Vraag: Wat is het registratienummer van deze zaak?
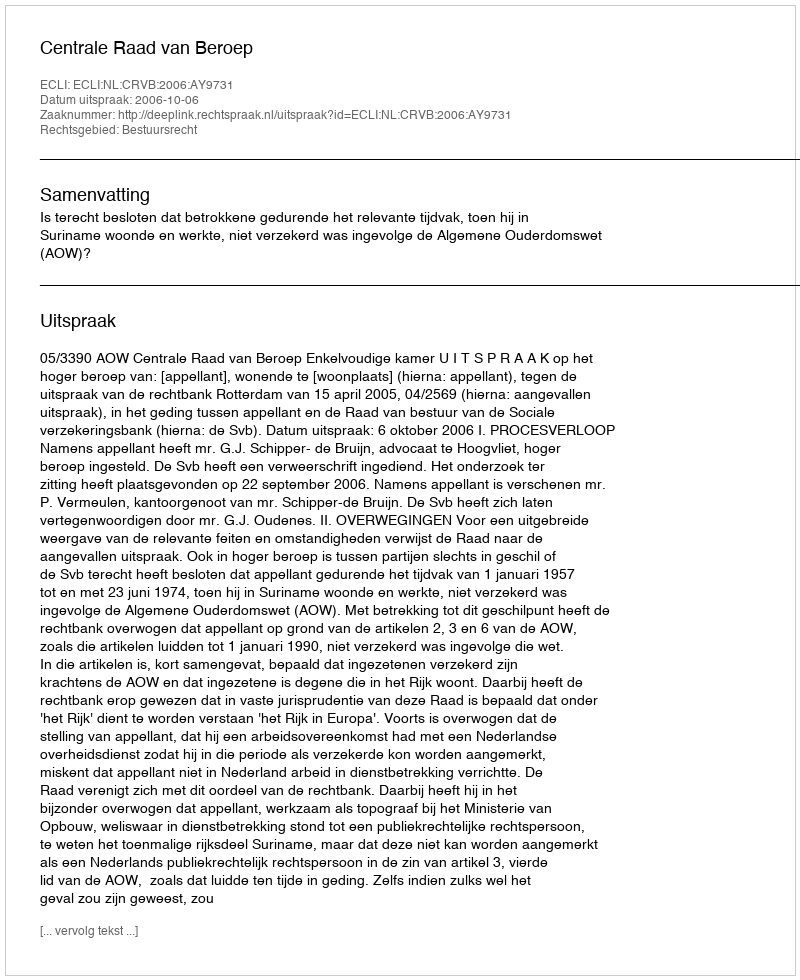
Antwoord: http://deeplink.rechtspraak.nl/uitspraak?id=ECLI:NL:CRVB:2006:AY9731